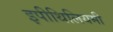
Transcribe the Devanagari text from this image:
इपीथिलियमी